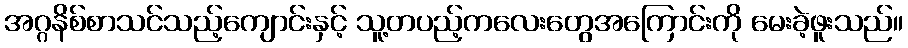
အဂ္ဂနိစ်စာသင်သည့်ကျောင်းနှင့် သူ့တပည့်ကလေးတွေအကြောင်းကို မေးခဲ့ဖူးသည်။